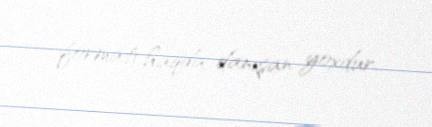
formatı haqda danışan yoxdur.